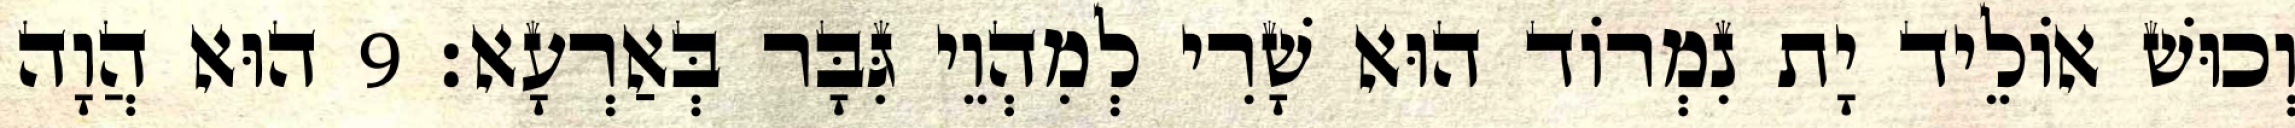
וְכוּשׁ אוֹלֵיד יָת נִמְרוֹד הוּא שָׁרִי לְמִהְוֵי גִּבָּר בְּאַרְעָא׃ 9 הוּא הֲוָה